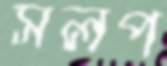
সলপ